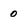
Character: 0